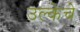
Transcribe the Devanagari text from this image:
उल्केचे